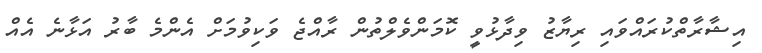
އިޝާރާތްކުރައްވައި ރިޔާޒު ވިދާޅުވީ ކޮމަންވެލްތުން ރާއްޖެ ވަކިވުމަށް އެންމެ ބާރު އަޅާނެ އެއް